Madras plague regulations and rules - Volume 2
Disease focus: Plague
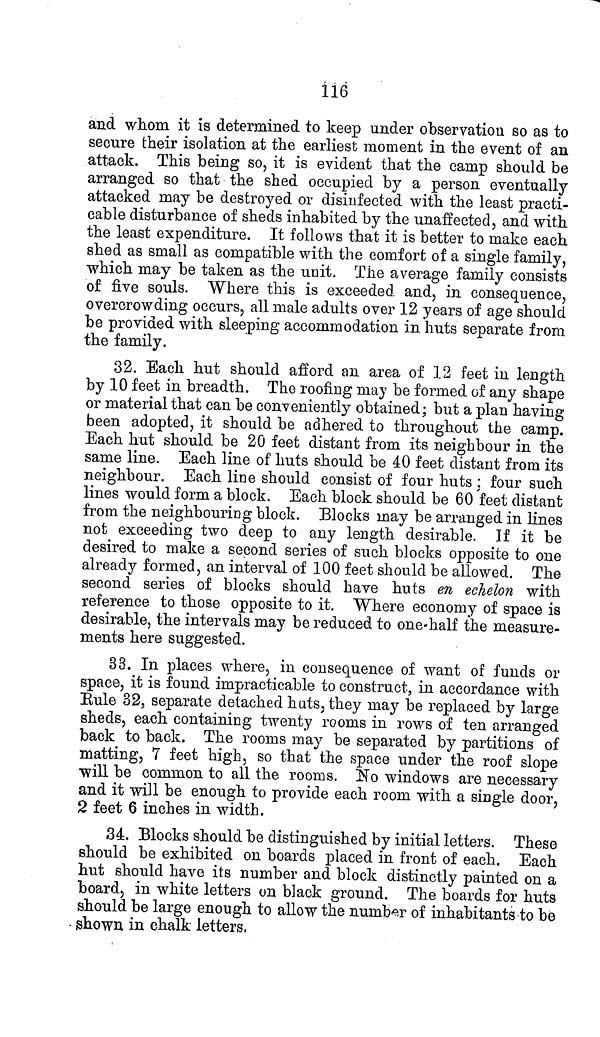
116
and whom it is determined to keep under observation so as to
secnre their isolation at the earliest moment in the event of an
attack. This being so, it is evident that the camp should be
arranged so that the shed occupied by a person eventually
attacked may be destroyed or disinfected with the least practi-
cable disturbance of sheds inhabited by the unaffected, and with
the least expenditure. It follows that it is better to make each
shed as small as compatible with the comfort of a single family,
which may be taken as the unit, The average family consists
of five souls. Where this is exceeded and, in consequence,
overcrowding occurs, all male adults over 12 years of age should
be provided with sleeping accommodation in huts separate from
the family.
32. Each hut should afford an area of 12 feet in length
by 10 feet in breadth. The roofing may be formed of any shape
or material that can be conveniently obtained; but a plan having
been adopted, it should be adhered to throughout the camp.
Each hut should be 20 feet distant from its neighbour in the
same line. Each line of huts should be 40 feet distant from its
neighbour. Each line should consist of four huts ; four such
lines would form a block. Each block should be 60 feet distant
from the neighbouring block. Blocks may be arranged in lines
not exceeding two deep to any length desirable. If it be
desired to make a second series of such blocks opposite to one
already formed, an interval of 100 feet should be allowed. The
second series of blocks should have huts en echelon with
reference to those opposite to it. Where economy of space is
desirable, the intervals may be reduced to one-half the measure-
ments here suggested.
33. In places where, in consequence of want of funds or
space, it is found impracticable to construct, in accordance with
Rule 32, separate detached hats, they may be replaced by large
sheds, each containing twenty rooms in rows of ten arranged
back to back. The rooms may be separated by partitions of
matting, 7 feet high, so that the space under the roof slope
will be common to all the rooms. No windows are necessary
and it will be enough to provide each room with a single door,
2 feet 6 inches in width.
34. Blocks should be distinguished by initial letters. These
should be exhibited on boards placed in front of each. Each
hut should have its number and block distinctly painted on a
board, in white letters on black ground. The boards for huts
should be large enough to allow the number of inhabitants to be
shown in chalk letters,